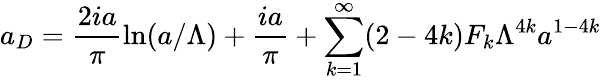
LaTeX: a_{D}=\frac{2ia}{\pi}\ln(a/\Lambda)+\frac{ia}{\pi}+\sum_{k=1}^{\infty}(2-4k)F_{k}\Lambda^{4k}a^{1-4k}